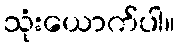
သုံးယောက်ပါ။